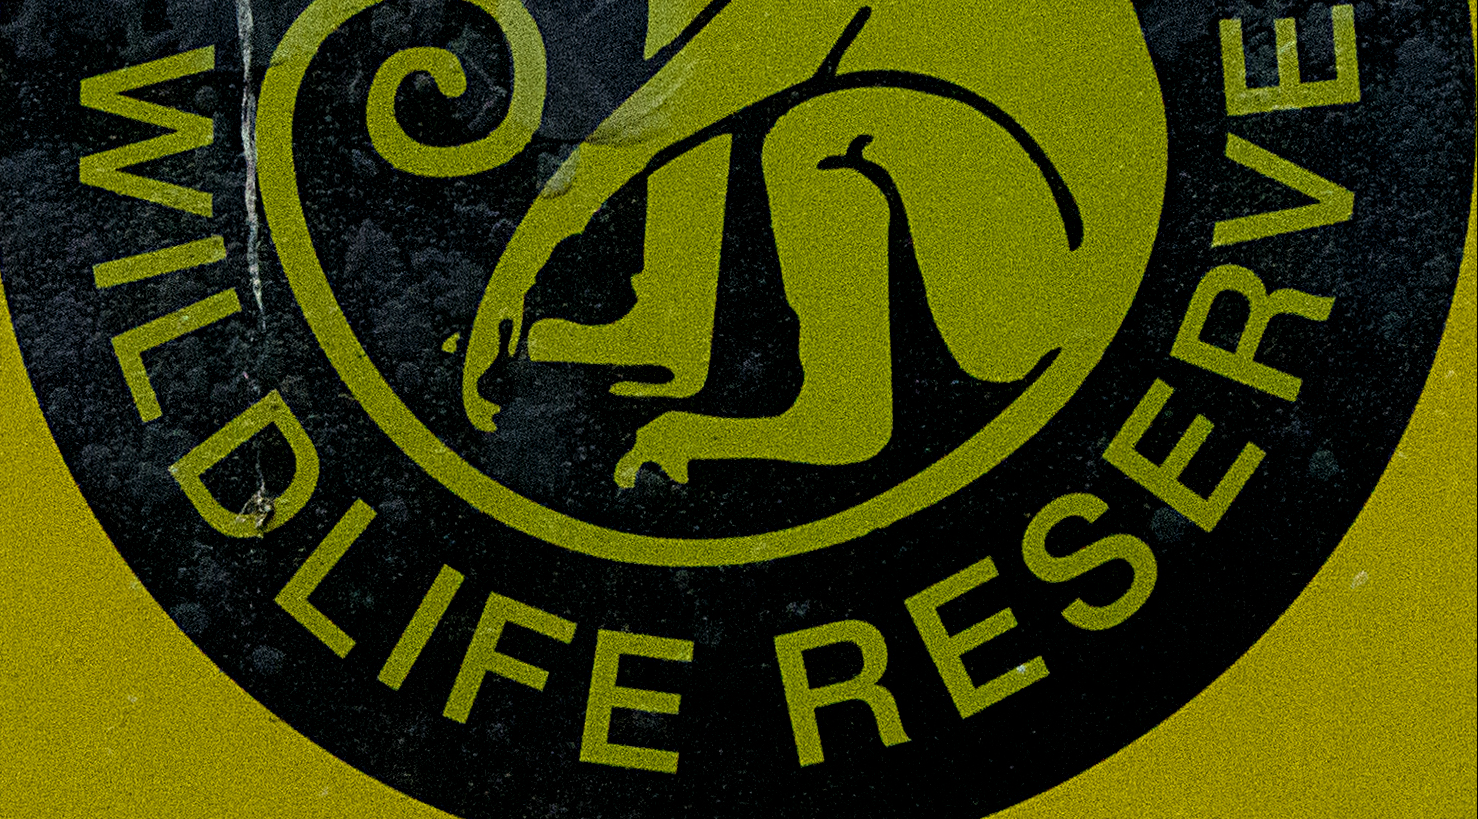
WILDLIFE RESERVE